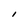
Character: l